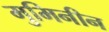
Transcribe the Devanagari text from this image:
मुमिनीन